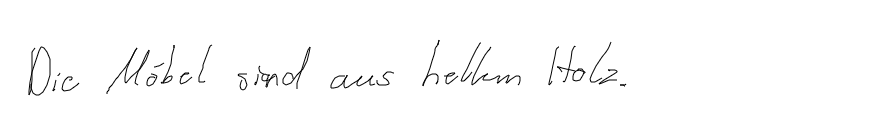
Die Möbel sind aus hellem Holz.